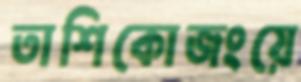
তাশিকোজংয়ে